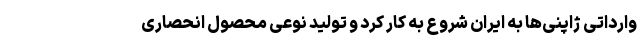
وارداتی ژاپنی‌ها به ایران شروع به کار کرد و تولید نوعی محصول انحصاری